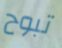
تبوح